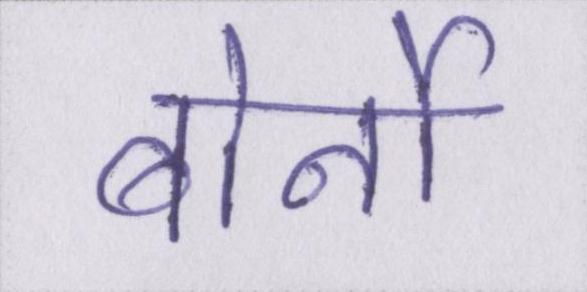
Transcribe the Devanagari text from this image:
बोर्नो